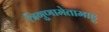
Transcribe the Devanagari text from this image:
त्रिगुणामेतामाहु